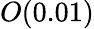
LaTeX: O(0.01)